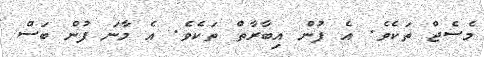
މެސެޖް ތަކެވެ. އެ ފުން އިބާރާތް ތަކެވެ. އެ މާނަ ފުން ބަސް